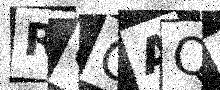
Text: RGOAQF